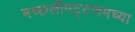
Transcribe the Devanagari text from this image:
मच्छलीपट्टणमच्या